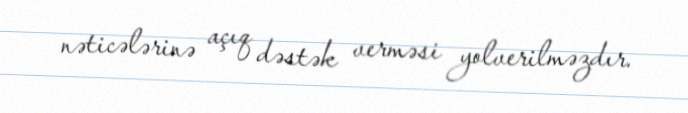
nəticələrinə açıq dəstək verməsi yolverilməzdır.